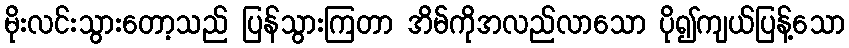
မိုးလင်းသွားတော့သည် ပြန်သွားကြတာ အိမ်ကိုအလည်လာသော ပို၍ကျယ်ပြန့်သော